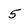
Character: 5